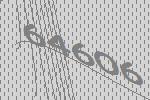
64606